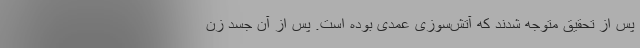
پس از تحقیق متوجه شدند که آتش‌سوزی عمدی بوده است. پس از آن جسد زن